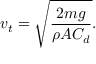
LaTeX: v _ { t } = { \sqrt { \frac { 2 m g } { \rho A C _ { d } } } } .